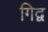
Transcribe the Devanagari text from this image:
गिद्व